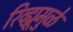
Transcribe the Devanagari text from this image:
रिव्ह्यूमुळे